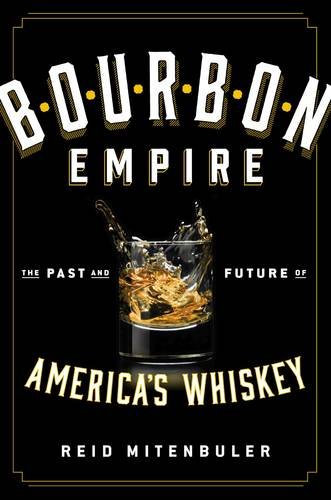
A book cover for Bourbon Empire: The Past and Future of AmericaEEs Whiskey; Reid Mitenbuler; Cookbooks, Food & Wine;